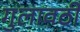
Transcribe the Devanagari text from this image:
गुलावठी